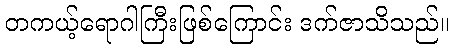
တကယ့်ရောဂါကြီးဖြစ်ကြောင်း ဒက်ဇာသိသည်။